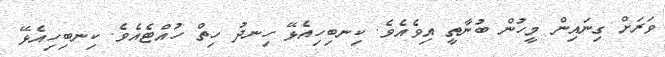
ވަރަށް ގިނައިން މީހުން ބުނާތީ އިވެއެވެ. ކިނބިހިއެޅޭ ހިނދު ހިތް ހުއްޓެއެވެ. ކިނބިހިއެޅޭ